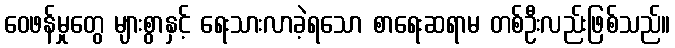
ဝေဖန်မှုတွေ များစွာနှင့် ရေးသားလာခဲ့ရသော စာရေးဆရာမ တစ်ဦးလည်းဖြစ်သည်။